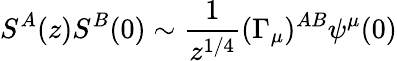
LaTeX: S^{A}(z)S^{B}(0)\sim\frac{1}{z^{1/4}}(\Gamma_{\mu})^{AB}\psi^{\mu}(0)